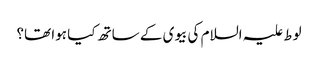
لوط علیہ السلام کی بیوی کے ساتھ کیا ہوا تھا؟